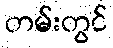
တမ်းတွင်